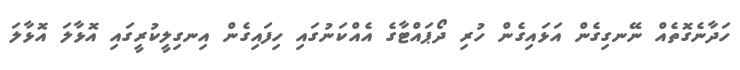
ހަދާނެގޮޮތެއް ނޭނގިިގެން އަޅައިގެން ހުރި ދޯޕައްޓާގެ އެއްކަނުގައި ހިފައިގެން އިނގިލީކުރީގައި އޮޅާލަ އޮޅާލަ